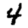
Digit: 4